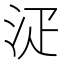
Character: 𣳟